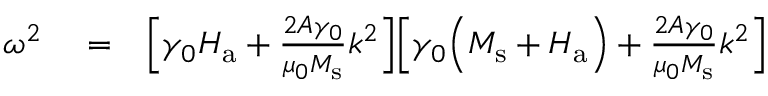
\begin{array} { r l r } { \omega ^ { 2 } } & { { } = } & { \Big [ \gamma _ { 0 } H _ { \mathrm { a } } + \frac { 2 A \gamma _ { 0 } } { \mu _ { 0 } M _ { \mathrm { s } } } k ^ { 2 } \Big ] \Big [ \gamma _ { 0 } \Big ( M _ { \mathrm { s } } + H _ { \mathrm { a } } \Big ) + \frac { 2 A \gamma _ { 0 } } { \mu _ { 0 } M _ { \mathrm { s } } } k ^ { 2 } \Big ] } \end{array}